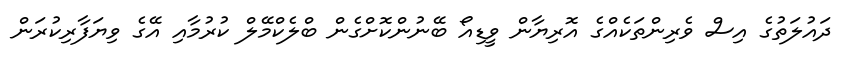
ދައުލަތުގެ އިސް ވެރިންތަކެއްގެ އޮރިޔާން ވީޑިއޯ ބޭނުންކޮށްގެން ބްލެކްމޭލް ކުރުމާއި އޭގެ ވިޔަފާރިކުރަން